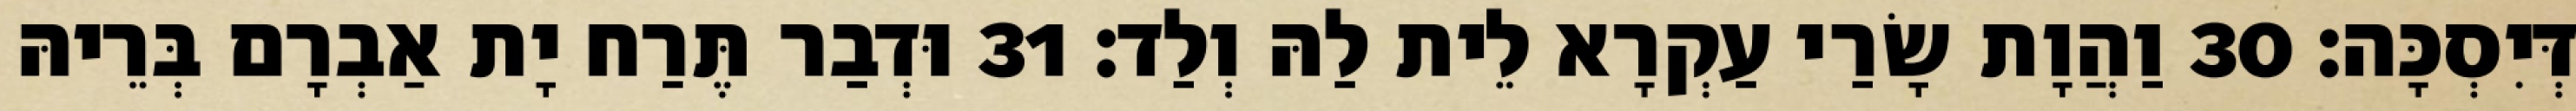
דְּיִסְכָּה׃ 30 וַהֲוָת שָׂרַי עַקְרָא לֵית לַהּ וְלַד׃ 31 וּדְבַר תֶּרַח יָת אַבְרָם בְּרֵיהּ